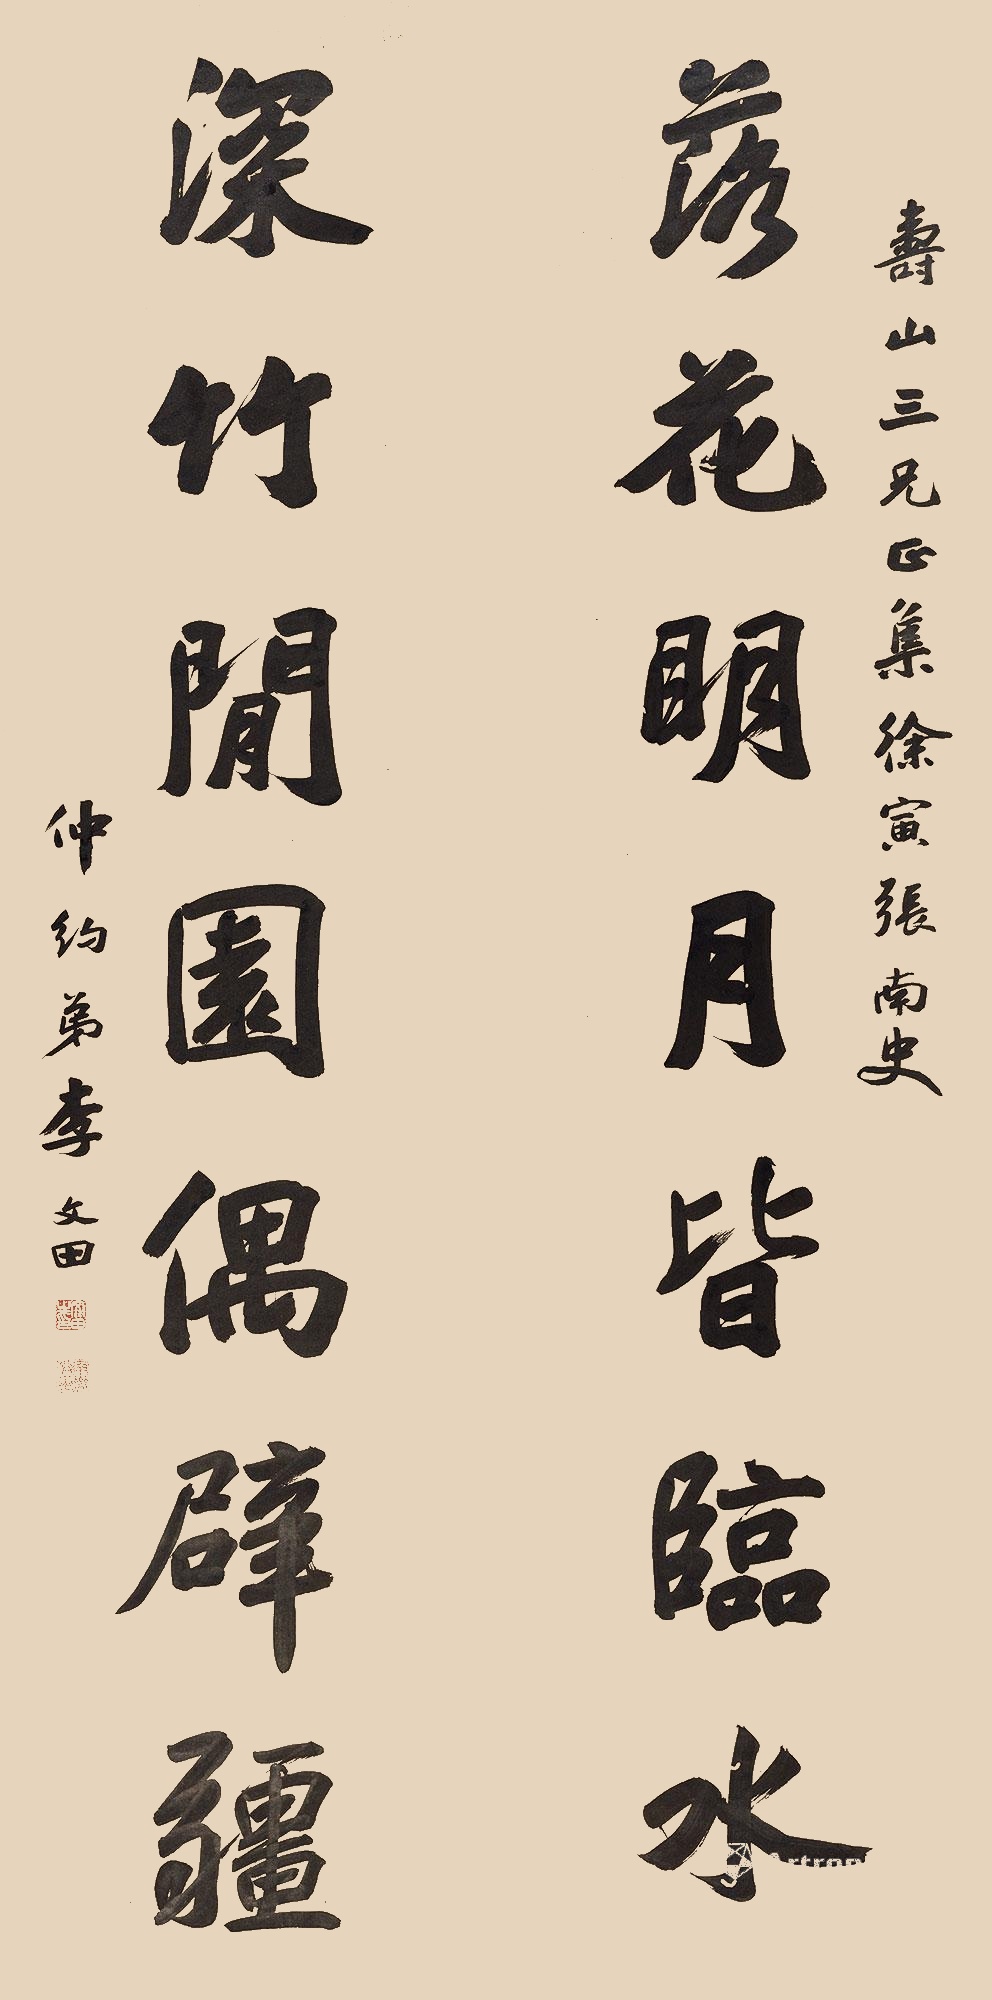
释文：落花明月皆临水，深竹闲园偶辟疆。寿山三兄正，集徐寅、张南史，仲约弟李文田。